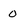
Character: O